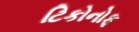
ટિકોનોફ